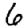
Digit: 6